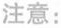
注意: